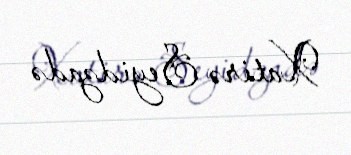
Xatirə Seyidzadə